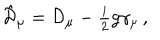
LaTeX: \hat { \cal D } _ { \mu } = { \cal D } _ { \mu } - { \textstyle \frac { i } { 2 } } g \gamma _ { \mu } \, ,